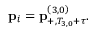
\mathbf { p } _ { i } = \mathbf { p } _ { + , T _ { 3 , 0 } + \tau } ^ { \left( 3 , 0 \right) } .